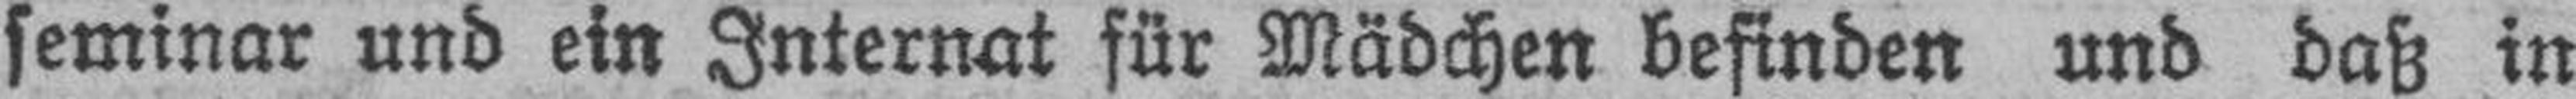
seminar und ein Internat für Mädchen befinden und daß in